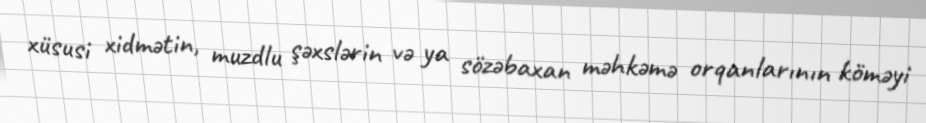
xüsusi xidmətin, muzdlu şəxslərin və ya sözəbaxan məhkəmə orqanlarının köməyi